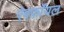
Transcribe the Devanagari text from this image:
ऐबर्फ़ाॅयल